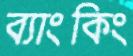
ব্যাংকিং